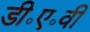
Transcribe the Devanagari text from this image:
डी॰ए॰वी